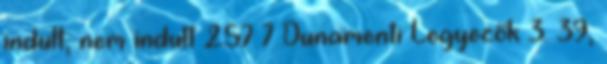
indult, nem indult 257 7 Dunamenti Legyezők 3. 39,